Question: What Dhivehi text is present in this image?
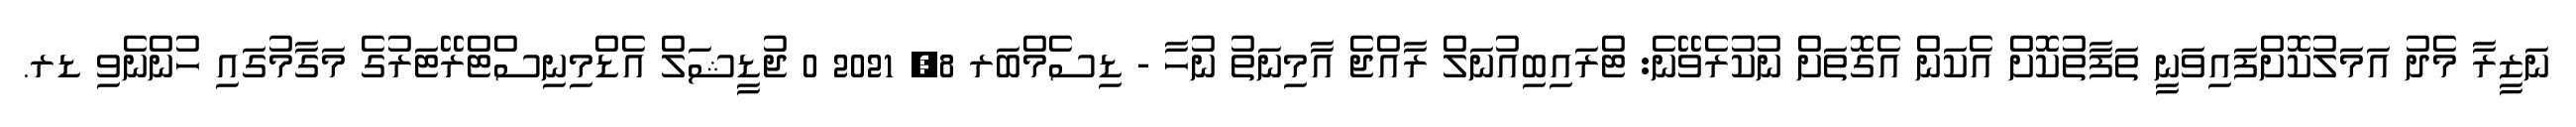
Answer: ނަޒީރާ މެދު އަމަލުކޮށްފައިވަނީ ތަފާތުކޮށް އެކަން އެގޮތަށް ނުކުރެވޭނެ: ޓްރައިބިއުނަލް ރާއްޖެ އާމިނަތު ނުހާ - ޑިސެމްބަރ 8, 2021 0 ޖުޑީޝަލް އެޑްމިނިސްޓްރޭޓަރުގެ މަގާމުގައި ހުންނެވި ޑރ.